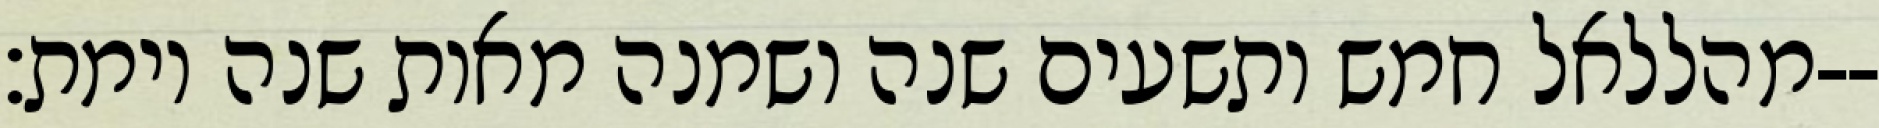
מהללאל חמש ותשעים שנה ושמנה מאות שנה וימת׃--